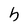
Character: h